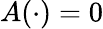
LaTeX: A(\cdot)=0